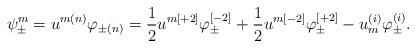
\begin{align*}\psi^m_{\pm}=u^{m(n)}\varphi_{\pm (n)}=\frac12 u^{m[+2]}\varphi^{[-2]}_{\pm}+\frac12 u^{m[-2]}\varphi^{[+2]}_{\pm}-u^{(i)}_m\varphi^{(i)}_{\pm}.\end{align*}